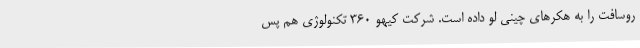
روسافت را به هکرهای چینی لو داده است. شرکت کیهو ۳۶۰ تکنولوژی هم پس